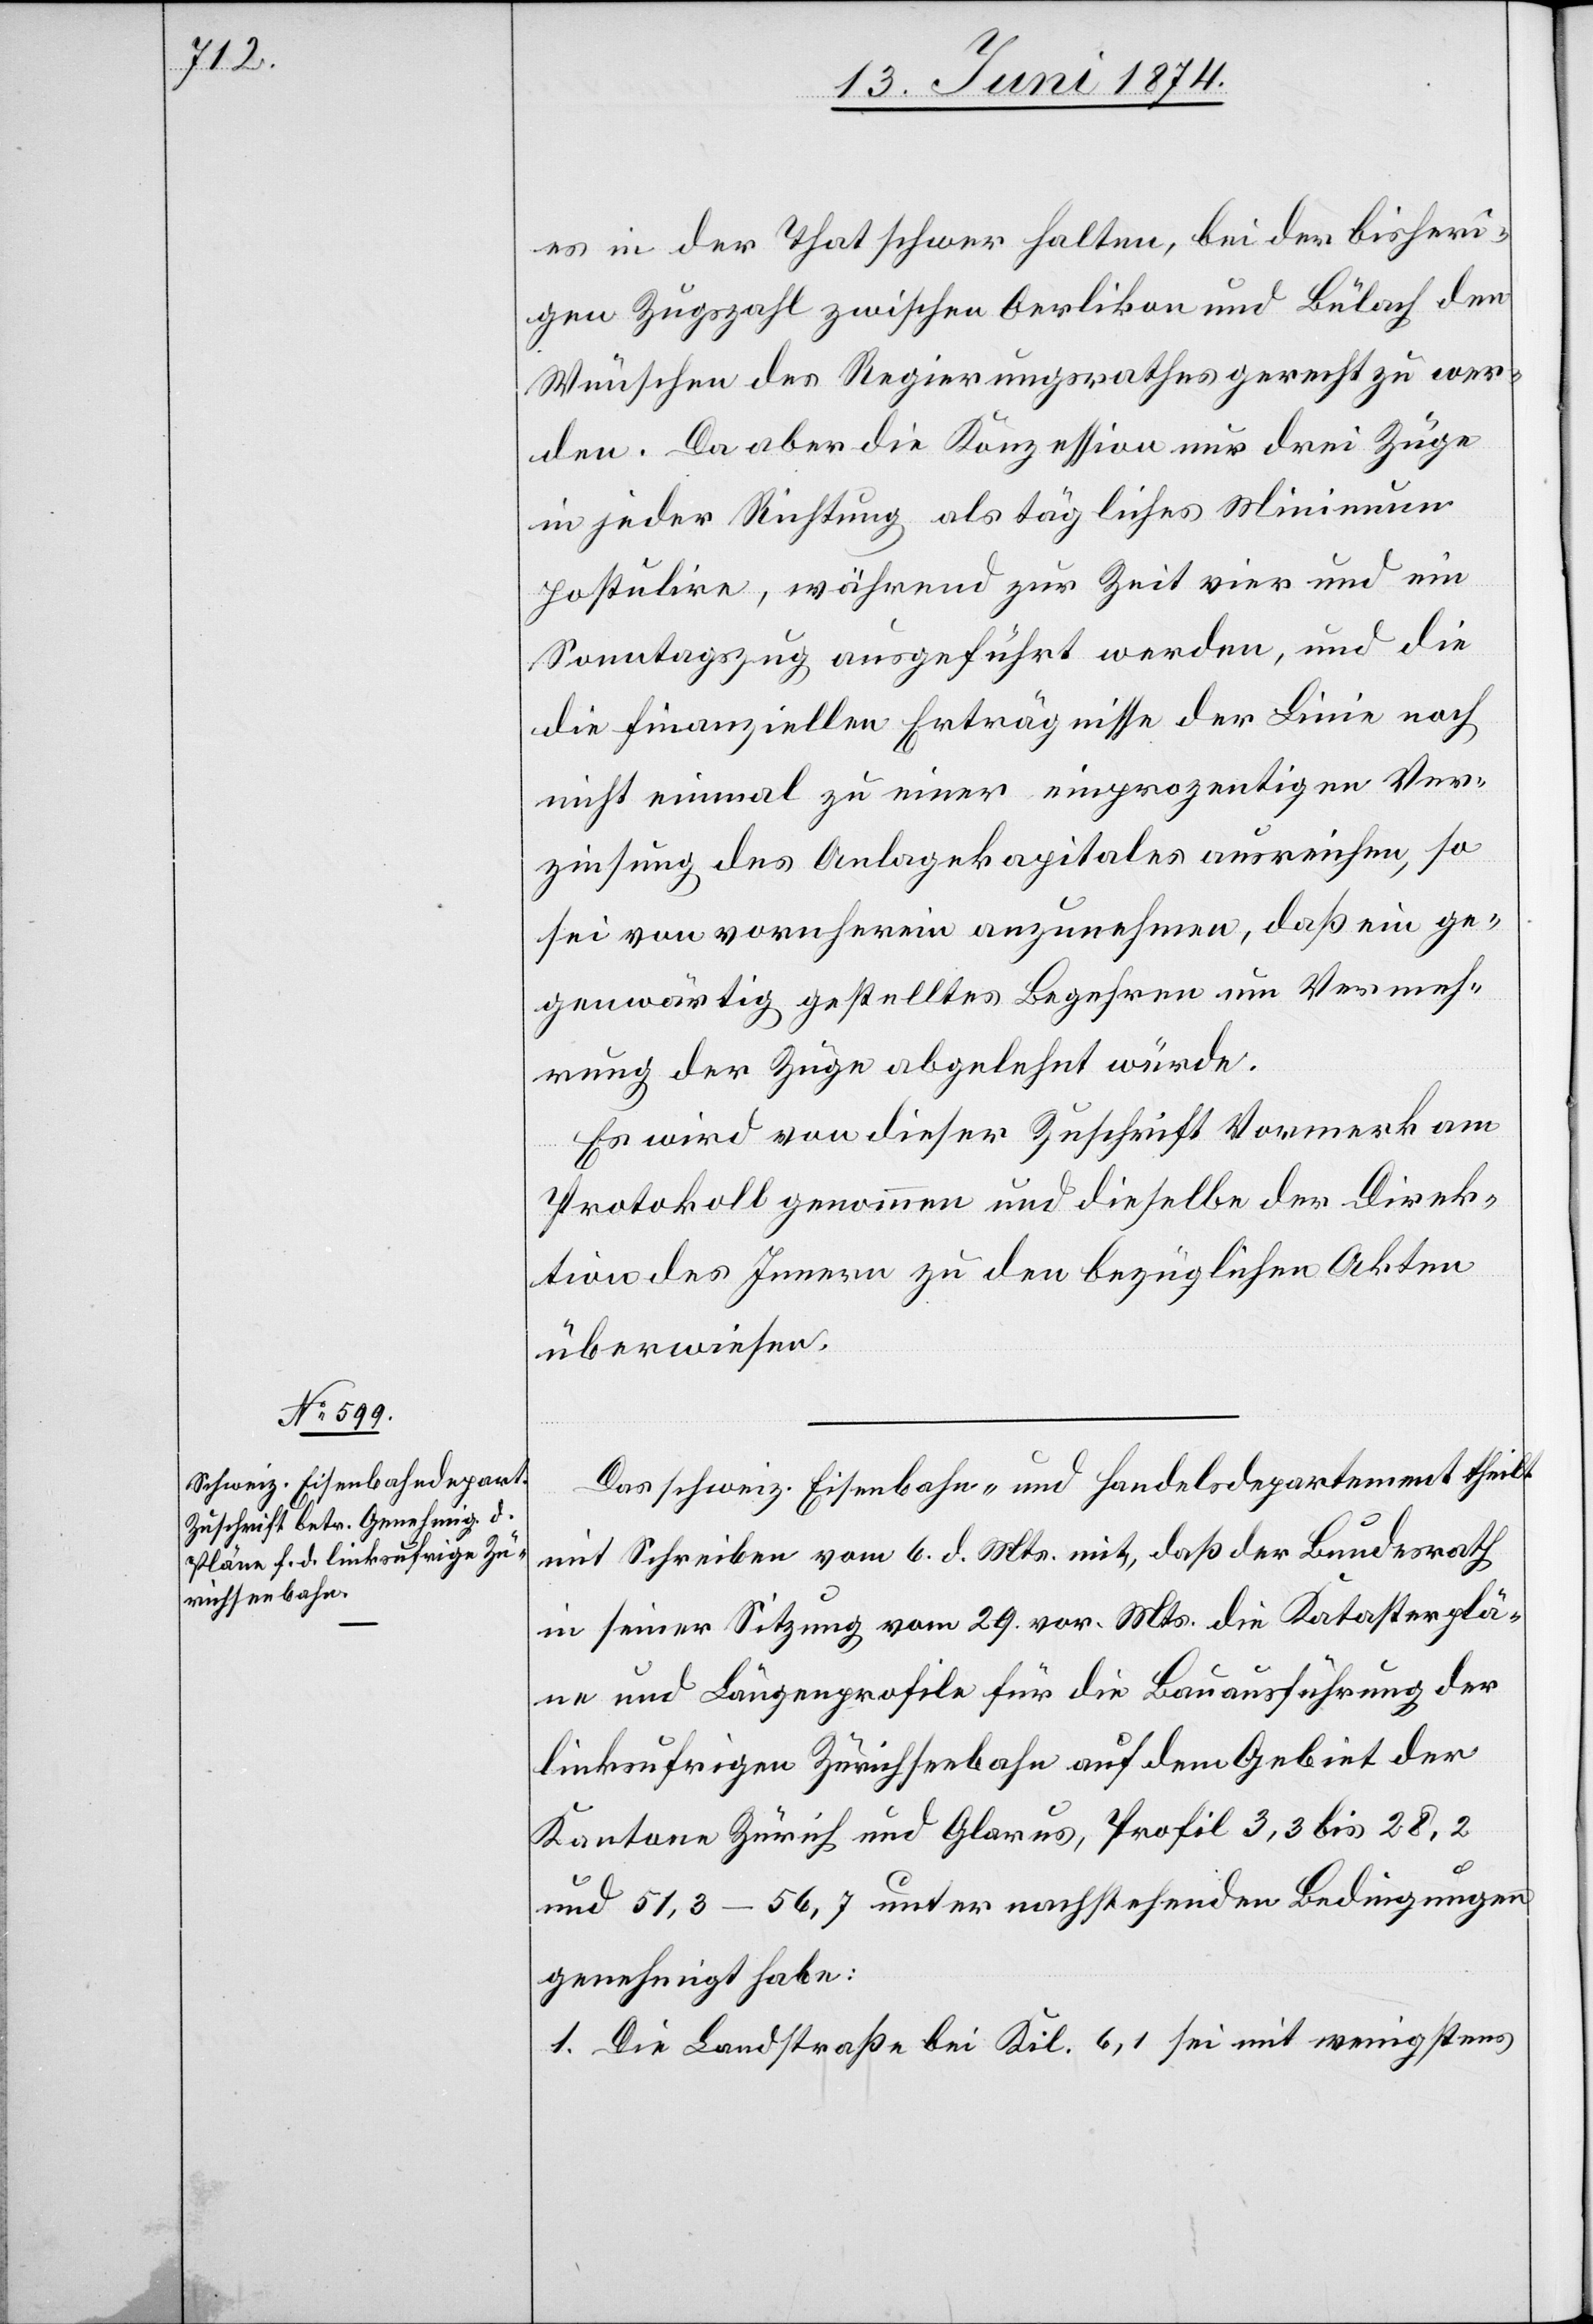
es in der That schwer halten, bei der bisheri¬
gen Zugszahl zwischen Oerlikon und Bülach den
Wünschen des Regierungsrathes gerecht zu wer¬
den. Da aber die Konzession nur drei Züge
in jeder Richtung als tägliches Minimum
postulire, während zur Zeit vier und ein
Sonntagszug ausgeführt werden, und die
[sic!] finanziellen Erträgnisse der Linie noch
nicht einmal zu einer einprozentigen Ver¬
zinsung des Anlagekapitales ausreichen, so
sei von vornherein anzunehmen, daß ein ge¬
genwärtig gestelltes Begehren um Vermeh¬
rung der Züge abgelehnt würde.
Es wird von dieser Zuschrift Vormerk am
die
Protokoll genommen und dieselbe der Direk¬
tion des Innern zu den bezüglichen Akten
überwiesen.
Das schweiz. Eisenbahn- und Handelsdepartement theilt
mit Schreiben vom 6. d. Mts. mit, daß der Bundesrath
in seiner Sitzung vom 29. vor. Mts. die Katasterplä¬
ne und Längenprofile für die Bauausführung der
linksufrigen Zürichseebahn auf dem Gebiet der
Kantone Zürich und Glarus, Profil 3,3 bis 28,2
und 51,3–56,7 unter nachstehenden Bedingungen
genehmigt habe:
1. Die Landstraße bei Kil. 6,1 sei mit wenigstens